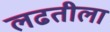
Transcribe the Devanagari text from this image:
लढतीला